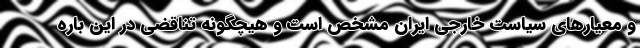
و معیارهای سیاست خارجی ایران مشخص است و هیچگونه تناقضی در این باره